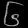
Digit: ၆